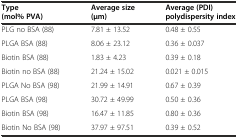
| Type (mol% PVA) | Average size (μm) | Average (PDI) polydispersity index |
 | --- | --- | --- |
 | PLG no BSA (88) | 7.81 ± 13.52 | 0.48 ± 0.55 |
 | PLGA BSA (88) | 8.06 ± 23.12 | 0.36 ± 0.037 |
 | Biotin BSA (88) | 1.83 ± 4.23 | 0.39 ± 0.18 |
 | Biotin no BSA (88) | 21.24 ± 15.02 | 0.021 ± 0.015 |
 | PLGA No BSA (98) | 21.99 ± 14.91 | 0.67 ± 0.39 |
 | PLGA BSA (98) | 30.72 ± 49.99 | 0.50 ± 0.36 |
 | Biotin BSA (98) | 16.47 ± 11.85 | 0.80 ± 0.36 |
 | Biotin No BSA (98) | 37.97 ± 97.51 | 0.39 ± 0.52 |